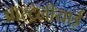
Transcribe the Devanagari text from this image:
ऑस्ट्रेलीयाई